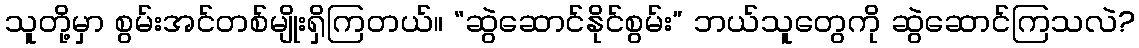
သူတို့မှာ စွမ်းအင်တစ်မျိုးရှိကြတယ်။ “ဆွဲဆောင်နိုင်စွမ်း” ဘယ်သူတွေကို ဆွဲဆောင်ကြသလဲ?